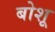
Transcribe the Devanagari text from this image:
बोशू